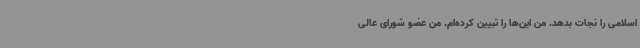
اسلامی را نجات بدهد. من این‌ها را تبیین کرده‌ام. من عضو شورای عالی